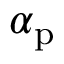
\boldsymbol \alpha _ { \mathrm { p } }